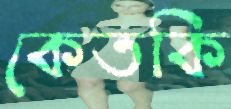
কেতকি